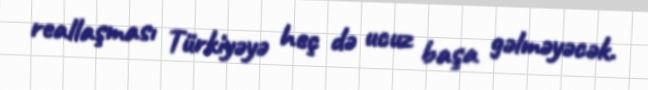
reallaşması Türkiyəyə heç də ucuz başa gəlməyəcək.